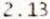
2.13